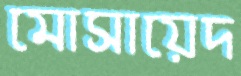
মোসায়েদ